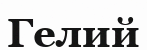
Гелий